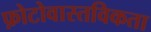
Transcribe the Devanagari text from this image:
फ़ोटोवास्तविकता